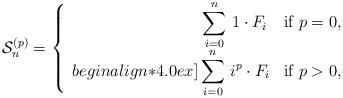
LaTeX: \begin{align*} \mathcal{S}_n^{(p)} = \left\{ \begin{array}{rl}\displaystyle\sum_{i=0}^{n} \, 1 \cdot F_{i} \, & \mbox{if $p=0$},\\begin{align*}4.0ex]\displaystyle\sum_{i=0}^{n} \, i^p \cdot F_{i} & \mbox{if $p>0$},\end{array} \right. \end{align*}